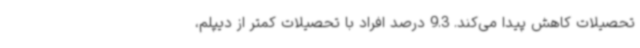
تحصیلات کاهش پیدا می‌کند. 9.3 درصد افراد با تحصیلات کمتر از دیپلم،